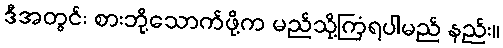
ဒီအတွင်း စားဘို့သောက်ဖို့က မည်သို့ကြံရပါမည် နည်း။